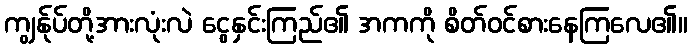
ကျွန်ုပ်တို့အားလုံးလဲ ငွေနှင်းကြည်၏ အကကို စိတ်ဝင်စားနေကြလေ၏။